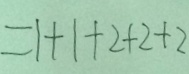
= 1 + 1 + 2 + 2 + 2